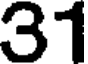
31